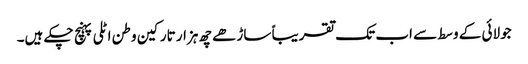
جولائی کے وسط سے اب تک تقریباً ساڑھے چھ ہزار تارکین وطن اٹلی پہنچ چکے ہیں۔